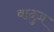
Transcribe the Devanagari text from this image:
वादुज़